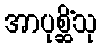
အာပုစ္ဆိံသု